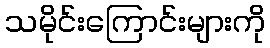
သမိုင်းကြောင်းများကို